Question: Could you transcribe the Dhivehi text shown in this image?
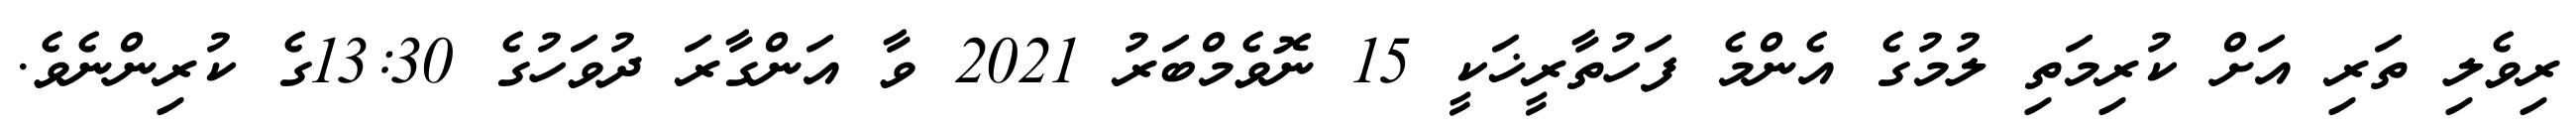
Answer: ރިވެލި ތަރި އަށް ކުރިމަތި ލުމުގެ އެންމެ ފަހުތާރީޚަކީ 15 ނޮވެމްބަރު 2021 ވާ އަންގާރަ ދުވަހުގެ 13:30ގެ ކުރިންނެވެ.